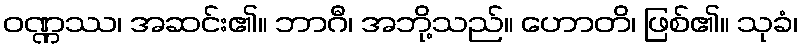
ဝဏ္ဏဿ၊ အဆင်း၏။ ဘာဂီ၊ အဘို့သည်။ ဟောတိ၊ ဖြစ်၏။ သုခံ၊